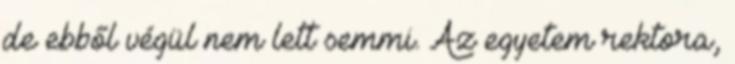
de ebből végül nem lett semmi. Az egyetem rektora,